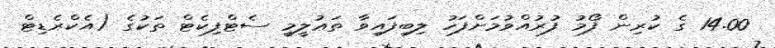
14.00 ގެ ކުރިން ފޯމު ފުރުއްވުމަށްފަހު ލިބިފައިވާ ތަޢުލީމީ ސެޓްފިކެޓް ތަކުގެ (އެކްރެޑިޓް